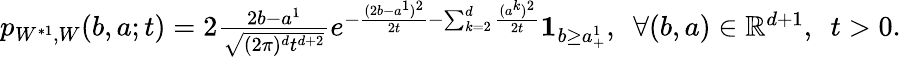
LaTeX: \begin{array}{r}{p_{W^{*1},W}(b,a;t)=2\frac{2b-a^{1}}{\sqrt{(2\pi)^{d}t^{d+2}}}e^{-\frac{(2b-a^{1})^{2}}{2t}-\sum_{k=2}^{d}\frac{(a^{k})^{2}}{2t}}{\mathbf 1}_{b\geq a_{+}^{1}},~~\forall(b,a)\in{\mathbb R}^{d+1},~~t>0.}\end{array}